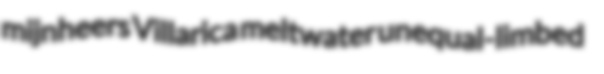
mijnheers Villarica meltwater unequal-limbed